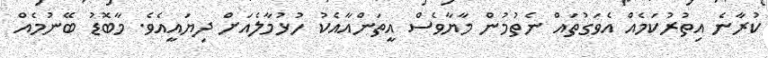
ކުރާނެ އިތުރުކަމެއް އެވަގުތައް ނެތުމުން މާޔާވެސް އީތަންއާއެކު ހުޅުމާލެއަށް ދިޔައީއެވެ. މާބޮޑު ބޭނުމެއް